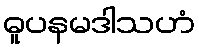
ဓူပနမဒါသဟံ